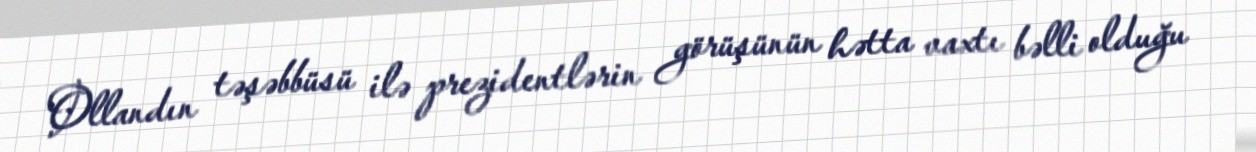
Ollandın təşəbbüsü ilə prezidentlərin görüşünün hətta vaxtı bəlli olduğu